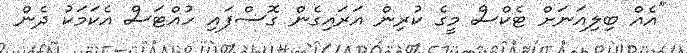
"އެއް ބިލިއަނަށް ޓެކްސް މީގެ ކުރިން އަރައިގެން ގޮސްފައި ހުއްޓަސް އެކަމަކު ދެން